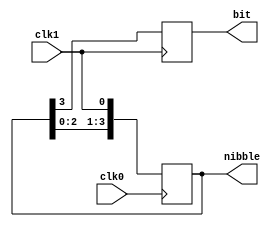
module top
(
  input clk0,
  input clk1,
  output reg [3:0] nibble,
  output reg bit
);

  // This design is simplified version that similar to 
  // https://github.com/os-fpga/Jira_Testcase/tree/main/EDA-2954

  always @(posedge clk0) begin
    nibble <= { nibble[2:0], clk1 }; // Use clock clk1 as data
  end
  
  always @(posedge clk1) begin
    bit <= nibble[3];
  end
  
endmodule